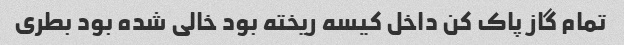
تمام گاز پاک کن داخل کیسه ریخته بود خالی شده بود بطری